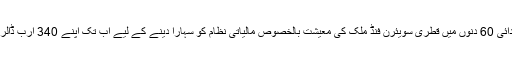
موڈیز کے مطابق خلیجی بحران کے آغاز کے بعد ابتدائی 60 دنوں میں قطری سویئرن فنڈ ملک کی معیشت بالخصوص مالیاتی نظام کو سہارا دینے کے لیے اب تک اپنے 340 ارب ڈالر کے ذخائر میں سے 40 ارب ڈالر خرچ کر چکا ہے۔